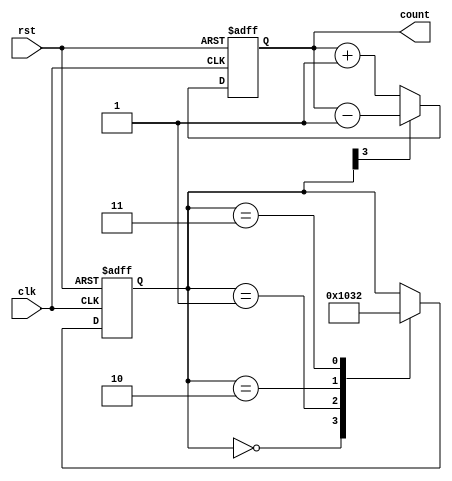
module gray_counter_clock_divider (
    input wire clk,
    input wire rst,
    
    output reg [N-1:0] count
);

parameter N = 4; // number of states

reg [N-1:0] gray_code_states;

always @(posedge clk or posedge rst) begin
    if (rst) begin
        gray_code_states <= -1;
    end else begin
        case(gray_code_states)
            0: gray_code_states <= 1;
            1: gray_code_states <= 0;
            2: gray_code_states <= 3;
            3: gray_code_states <= 2;
            // add more cases for larger N
        endcase
    end
end

always @(posedge clk or posedge rst) begin
    if (rst) begin
        count <= 0;
    end else begin
        if (gray_code_states[N-1] == 1) begin
            count <= count - 1;
        end else begin
            count <= count + 1;
        end
    end
end

endmodule